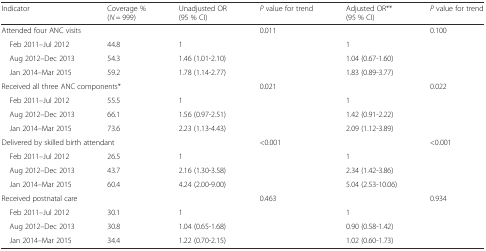
<table><thead><tr><td><b>Indicator</b></td><td><b>Coverage %(<i>N</i> = 999)</b></td><td><b>Unadjusted OR(95 % CI)</b></td><td><b><i>P</i> value for trend</b></td><td><b>Adjusted OR**(95 % CI)</b></td><td><b><i>P</i> value for trend</b></td></tr></thead><tbody><tr><td colspan="3">Attended four ANC visits</td><td rowspan="4">0.011</td><td></td><td rowspan="4">0.100</td></tr><tr><td> Feb 2011–Jul 2012</td><td>44.8</td><td>1</td><td>1</td></tr><tr><td> Aug 2012–Dec 2013</td><td>54.3</td><td>1.46 (1.01-2.10)</td><td>1.04 (0.67-1.60)</td></tr><tr><td> Jan 2014–Mar 2015</td><td>59.2</td><td>1.78 (1.14-2.77)</td><td>1.83 (0.89-3.77)</td></tr><tr><td colspan="3">Received all three ANC components*</td><td rowspan="4">0.021</td><td></td><td rowspan="4">0.022</td></tr><tr><td> Feb 2011–Jul 2012</td><td>55.5</td><td>1</td><td>1</td></tr><tr><td> Aug 2012–Dec 2013</td><td>66.1</td><td>1.56 (0.97-2.51)</td><td>1.42 (0.91-2.22)</td></tr><tr><td> Jan 2014–Mar 2015</td><td>73.6</td><td>2.23 (1.13-4.43)</td><td>2.09 (1.12-3.89)</td></tr><tr><td colspan="3">Delivered by skilled birth attendant</td><td rowspan="4">&lt;0.001</td><td></td><td rowspan="4">&lt;0.001</td></tr><tr><td> Feb 2011–Jul 2012</td><td>26.5</td><td>1</td><td>1</td></tr><tr><td> Aug 2012–Dec 2013</td><td>43.7</td><td>2.16 (1.30-3.58)</td><td>2.34 (1.42-3.86)</td></tr><tr><td> Jan 2014–Mar 2015</td><td>60.4</td><td>4.24 (2.00-9.00)</td><td>5.04 (2.53-10.06)</td></tr><tr><td colspan="3">Received postnatal care</td><td rowspan="4">0.463</td><td></td><td rowspan="4">0.934</td></tr><tr><td> Feb 2011–Jul 2012</td><td>30.1</td><td>1</td><td>1</td></tr><tr><td> Aug 2012–Dec 2013</td><td>30.8</td><td>1.04 (0.65-1.68)</td><td>0.90 (0.58-1.42)</td></tr><tr><td> Jan 2014–Mar 2015</td><td>34.4</td><td>1.22 (0.70-2.15)</td><td>1.02 (0.60-1.73)</td></tr></tbody></table>